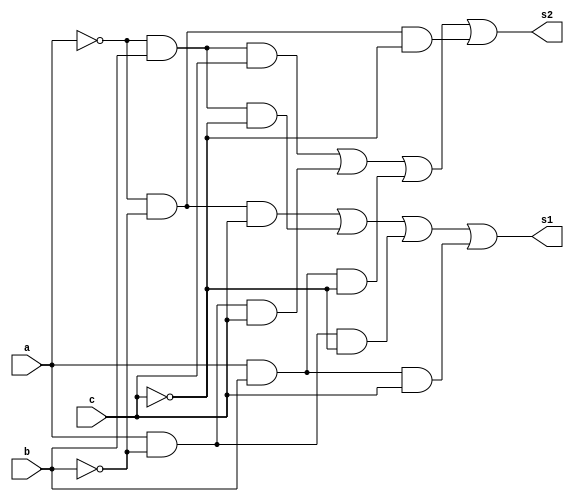
module test (
    input a,b,c,
    output s1,s2
); 
   assign s1=~a&~b&c | ~a&b&~c | a&~b&~c | a&b&c;
   assign s2=~a&b&c | a&~b&c | a&b&~c | ~a&~b&~c;
endmodule